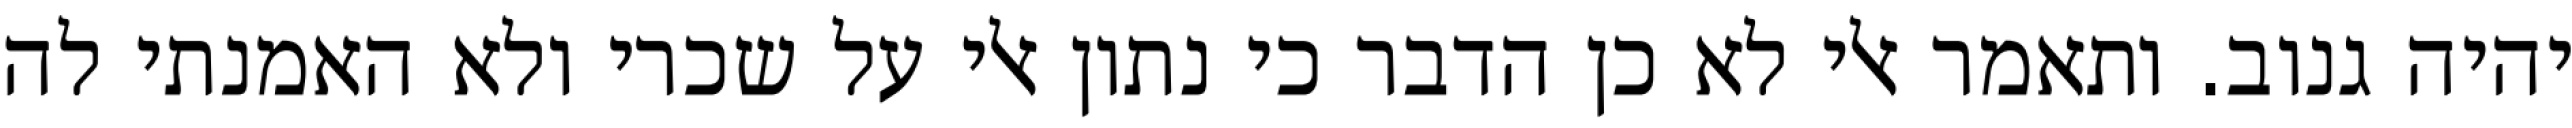
יהיה גנוב. ותאמר אלי לא כן הדבר כי נתון אלי על שכרי ולא האמנתי לה